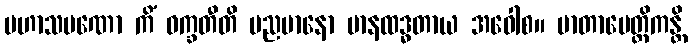
မဟာသမဏော ကိံ ဝက္ခတီတိ မညမာနော မာနထဒ္ဓတာယ အဝေါစ။ မာတာပေတ္တိကန္တိ